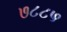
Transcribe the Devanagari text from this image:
७८८५